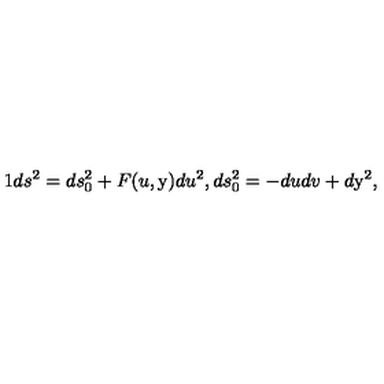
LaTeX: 1 d s ^ { 2 } = d s _ { 0 } ^ { 2 } + F ( u , \mathrm { \boldmath y } ) d u ^ { 2 } , d s _ { 0 } ^ { 2 } = - d u d v + d \mathrm { \boldmath y } ^ { 2 } ,